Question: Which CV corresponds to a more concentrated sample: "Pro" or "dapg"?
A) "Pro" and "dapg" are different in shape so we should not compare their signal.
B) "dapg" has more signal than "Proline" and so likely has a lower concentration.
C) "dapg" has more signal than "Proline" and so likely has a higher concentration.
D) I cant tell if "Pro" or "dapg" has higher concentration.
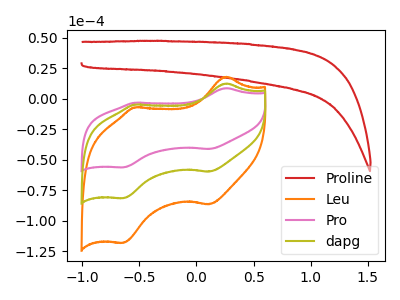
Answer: <think>The red curve "Proline" has no peaks. The orange curve "Leu" has anodic peaks at (0.25V, 24.65uA) (-0.55V, -9.90uA) and cathodic peaks at (0.10V, -119.75uA) (-0.65V, -163.35uA). The pink curve "Pro" has anodic peaks at (0.25V, 8.50uA) (-0.55V, -3.45uA) and cathodic peaks at (0.10V, -41.35uA) (-0.65V, -56.40uA). The olive curve "dapg" has anodic peaks at (0.25V, 12.30uA) (-0.55V, -4.95uA) and cathodic peaks at (0.10V, -59.90uA) (-0.65V, -81.65uA).
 All the peaks in "Pro" have a peak in "dapg" at the same potential.</think>
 <answer>D) I cant tell if "Pro" or "dapg" has higher concentration.</answer>
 <eval>D</eval>